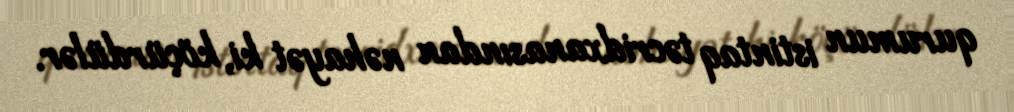
qurumun istintaq təcridxanasından nəhayət ki, köçürdülər.